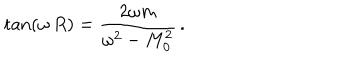
\tan ( \omega \, R ) = \frac { 2 \omega m } { \omega ^ { 2 } - M _ { 0 } ^ { 2 } } \, { . }